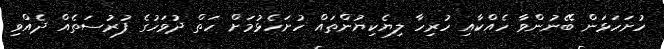
ހުށަހަޅަން ބޭނުންވާ ހެއްކާއި ހުރިހާ ލިޔެކިޔުންތައް ހުށަހެޅުމަށް ހަތް ދުވަހުގެ ފުރުސަތެއް ދެއްވި